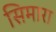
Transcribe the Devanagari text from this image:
सिमारा